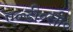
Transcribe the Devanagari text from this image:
ए०डी०सी०